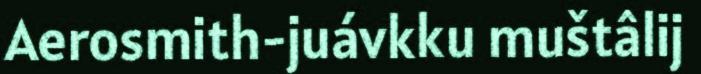
Aerosmith-juávkku muštâlij